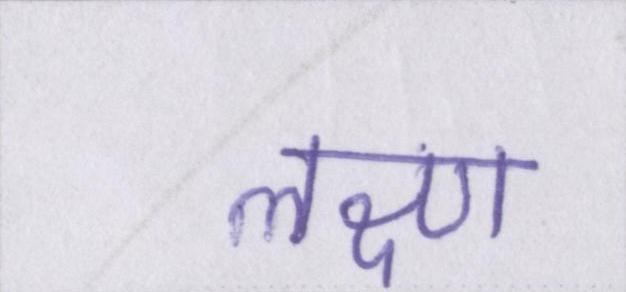
लक्ष्ण